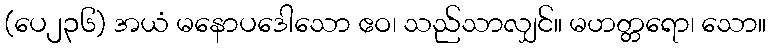
(ပေ၂၃၆) အယံ မနောပဒေါသော ဧဝ၊ သည်သာလျှင်။ မဟတ္တရော၊ သော။